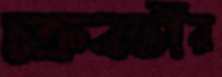
চক্রবর্ত্তীর